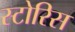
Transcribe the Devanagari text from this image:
स्टोरिस